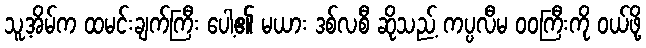
သူ့အိမ်က ထမင်းချက်ကြီး ပေါ့၏ မယား ဒစ်လစီ ဆိုသည့် ကပ္ပလီမ ဝဝကြီးကို ဝယ်ဖို့